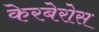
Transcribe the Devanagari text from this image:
केरबेरोस